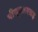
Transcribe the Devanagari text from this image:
पीयूएलएसइ